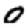
Digit: 0